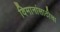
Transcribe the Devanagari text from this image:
विमानांसाठीचा